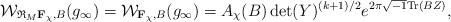
LaTeX: \begin{align*}\mathcal W_{\mathfrak R_M \mathbf F_{\chi}, B}(g_{\infty}) = \mathcal W_{\mathbf F_{\chi}, B}(g_{\infty}) = A_{\chi}(B) \det(Y)^{(k+1)/2}e^{2\pi\sqrt{-1}\mathrm{Tr}(BZ)},\end{align*}